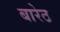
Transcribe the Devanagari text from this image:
बारेठ